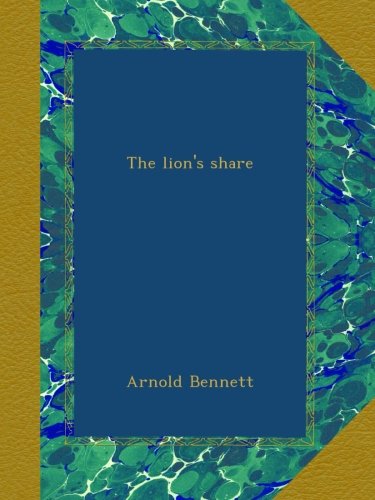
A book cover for The lion's share; Arnold Bennett; Sports & Outdoors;